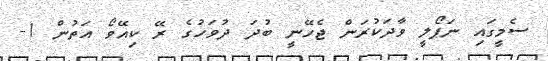
ސެމީގައި ނަޕޯލީ ވާދަކުރަން ޖެހޭނީ ބުދަ ދުވަހުގެ ރޭ ކިއޭވޯ އަތުން 1-